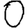
Digit: 0